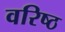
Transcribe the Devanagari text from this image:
वरिष्ठ